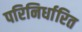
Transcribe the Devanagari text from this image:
परिनिर्धारित